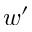
w ^ { \prime }